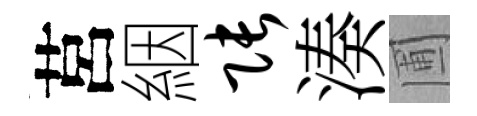
莒絪张湊圃